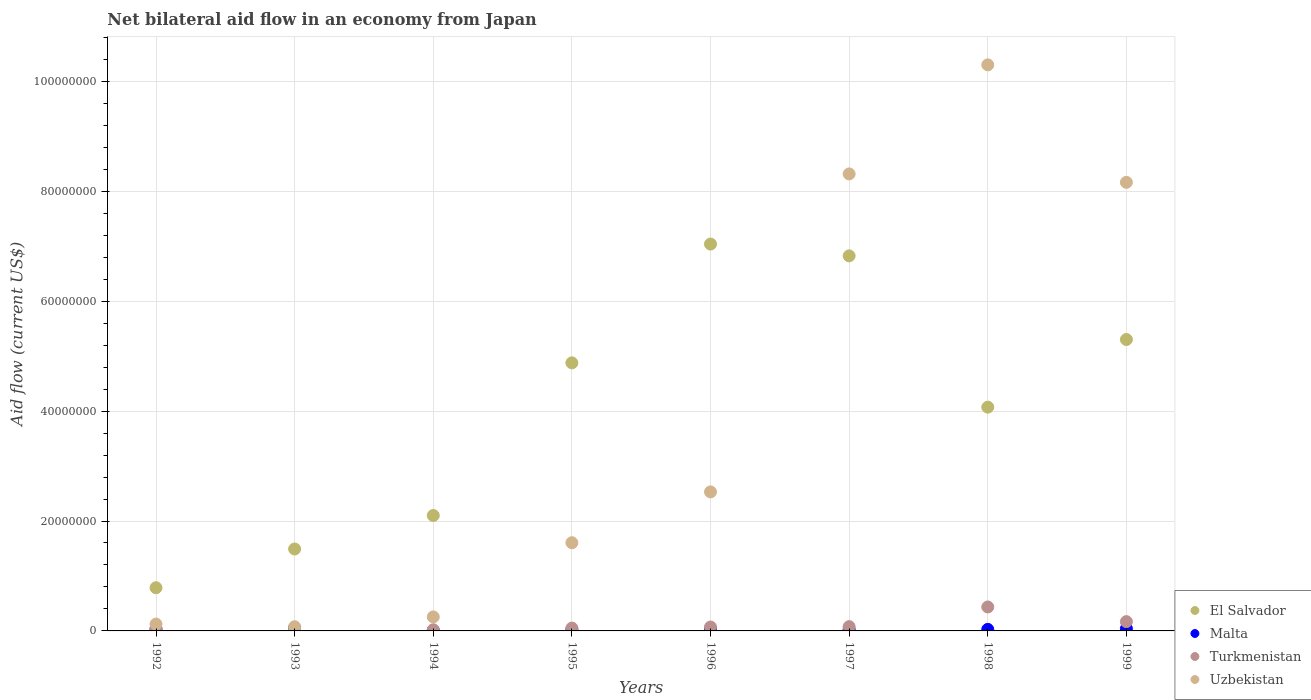
| Years | El Salvador | Malta | Turkmenistan | Uzbekistan |
 | --- | --- | --- | --- | --- |
 | 1992 | 7.86e+06 | 3e+05 | 3.9e+05 | 1.25e+06 |
 | 1993 | 1.49e+07 | 5.3e+05 | 9e+04 | 7.6e+05 |
 | 1994 | 2.1e+07 | 9e+04 | 2.1e+05 | 2.55e+06 |
 | 1995 | 4.88e+07 | 2.4e+05 | 5.2e+05 | 1.60e+07 |
 | 1996 | 7.04e+07 | 3.7e+05 | 7.1e+05 | 2.53e+07 |
 | 1997 | 6.82e+07 | 2.6e+05 | 7.8e+05 | 8.32e+07 |
 | 1998 | 4.07e+07 | 2.8e+05 | 4.36e+06 | 1.03e+08 |
 | 1999 | 5.3e+07 | 4.2e+05 | 1.69e+06 | 8.16e+07 |